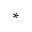
^ *